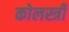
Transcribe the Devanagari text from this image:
कोलस्त्री